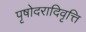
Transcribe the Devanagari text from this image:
पृषोदरादिवृत्ति